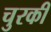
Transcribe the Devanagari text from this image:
चुरकी